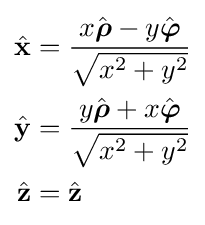
{\begin{aligned}{\hat {\mathbf {x} }}&={\frac {x{\hat {\boldsymbol {\rho }}}-y{\hat {\boldsymbol {\varphi }}}}{\sqrt {x^{2}+y^{2}}}}\\{\hat {\mathbf {y} }}&={\frac {y{\hat {\boldsymbol {\rho }}}+x{\hat {\boldsymbol {\varphi }}}}{\sqrt {x^{2}+y^{2}}}}\\{\hat {\mathbf {z} }}&={\hat {\mathbf {z} }}\end{aligned}}